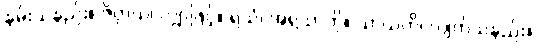
နမ်းသနည်း။ ဇိဝှာယ၊ လျှာဖြင့်။ ရသံ၊ အရသာကို။ သာယတိ၊ လျက်သနည်း။